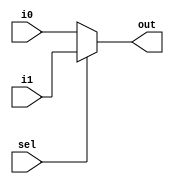
module mux_v2(i0,i1,sel,out);
input i0,i1,sel;
output out;
assign out = (sel)?i1:i0;

endmodule